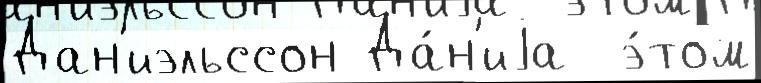
Дан'иэльссон Да́н'иjа  э́том